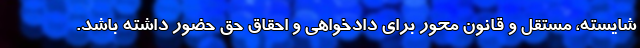
شایسته، مستقل و قانون محور برای دادخواهی و احقاق حق حضور داشته باشد.